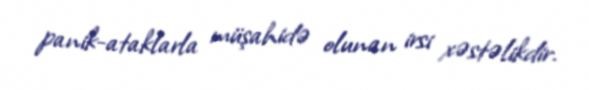
panik-ataklarla müşahidə olunan irsi xəstəlikdir.